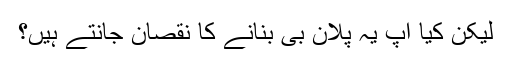
لیکن کیا آپ یہ پلان بی بنانے کا نقصان جانتے ہیں؟